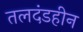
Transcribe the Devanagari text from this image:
तलदंडहीन